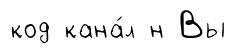
код кана́л н Вы